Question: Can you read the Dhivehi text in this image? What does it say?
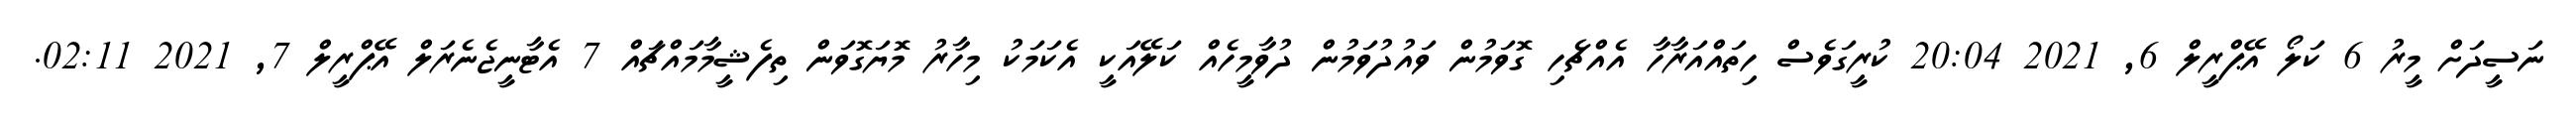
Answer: ނަސީދަށް މީރު 6 ކަލޯ އޭޕްރީލް 6, 2021 20:04 ކުރީގަވެސް ހިތައްއަރާހާ އެއްޗެހި ގޮވަމުން ވައުދުވަމުން ދުވާމީހެއް ކަލޭއަކީ އެކަމަކު މިހާރު މޮޔަގޮވަން ތިފެޝީމާމައްޗައް 7 އެޓާނީޖެނެރަލް އޭޕްރީލް 7, 2021 02:11.